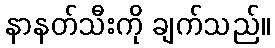
နာနတ်သီးကို ချက်သည်။